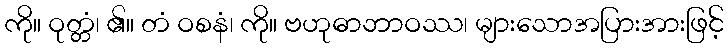
ကို။ ဝုတ္တံ၊ ၏။ တံ ဝစနံ၊ ကို။ ဗဟုဓာဘာဝဿ၊ များသောအပြားအားဖြင့်